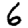
Digit: 6